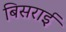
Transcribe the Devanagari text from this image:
बिसराई